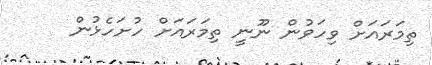
ތިމަރައަށް ވިހަވުން ނޫނީ ތިމަރައަށް ހުށަހެޅުން